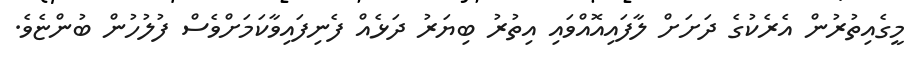
މީގެއިތުރުން އެރެކުގެ ދަށަށް ލާފައިއޮއްވައި އިތުރު ބިޔަރު ދަޅެއް ފެނިފައިވާކަމަށްވެސް ފުލުހުން ބުންޏެވެ.